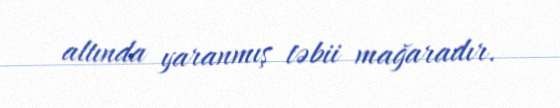
altında yaranmış təbii mağaradır.